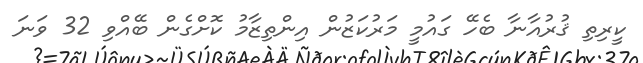
ކީރިތި ޤުރުއާނާ ބެހޭ ގައުމީ މަރުކަޒުން އިންތިޒާމު ކޮށްގެން ބޭއްވި 32 ވަނަ